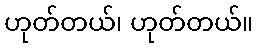
ဟုတ်တယ်၊ ဟုတ်တယ်။